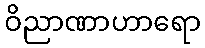
ဝိညာဏာဟာရော